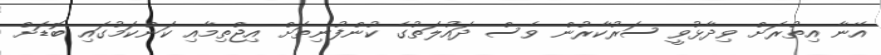
އޭނާ އިތުރަށް ވިދާޅުވީ ސަރުކާރުން ވެސް ދައުލަތުގެ ކުންފުނިތަށް އިޖްތިމާއި ކަންކަމުގައި ބޮޑަށް